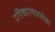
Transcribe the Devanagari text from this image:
प्रतिकारयंत्रणेचा